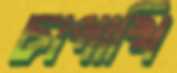
চাপাখি